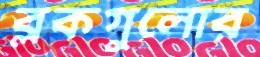
ব্লকগুলোর